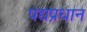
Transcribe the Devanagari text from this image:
पद्यप्रधान